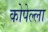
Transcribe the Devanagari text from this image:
कोपेल्ला